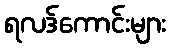
ရလဒ်ကောင်းများ